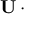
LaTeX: \mathbf { U } \cdot \mathbf { \partial }